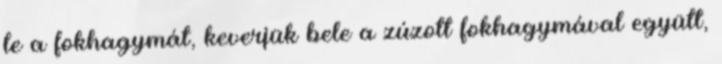
le a fokhagymát, keverjük bele a zúzott fokhagymával együtt,